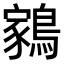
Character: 𬷬